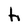
Character: h